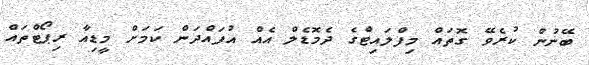
ބޭނުން ކުރެވޭ ގޮތައް މިފްލައިޓްގެ ދެމޮޑެލް އެއް އުފައްދަން ކަމަށް މީޑިއާ ރިޕޯޓްތައް